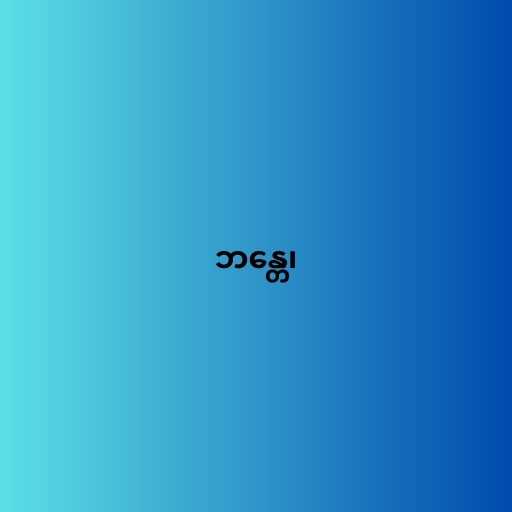
ဘန္တေ၊